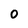
Character: 0